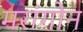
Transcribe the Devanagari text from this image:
मरांगोन